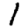
Digit: 1